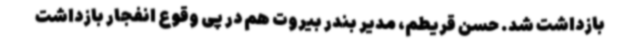
بازداشت شد. حسن قریطم، مدیر بندر بیروت هم در پی وقوع انفجار بازداشت